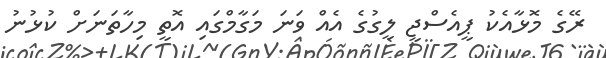
ރޭގެ މޮޅާއެކު ޕީއެސްޖީ ލީގުގެ އެއް ވަނަ މަގާމްގައި އޮތީ މިހާތަނަށް ކުޅުނު